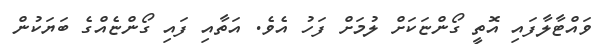
ވައްޓާލާފައި އޮތީ ގޯންޏަކަށް ލުމަށް ފަހު އެވެ. އަތާއި ފައި ގޯންޏެއްގެ ބަޔަކުން